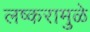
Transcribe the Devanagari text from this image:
लष्करामुळे